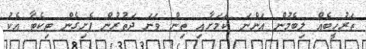
ތަރުހީބެއް ލިބެމުން އަންނަ ކަމަށާއި ތިން ވަނަ ދަތުރުން ފެށިގެން ޓިކެޓާ އެކު